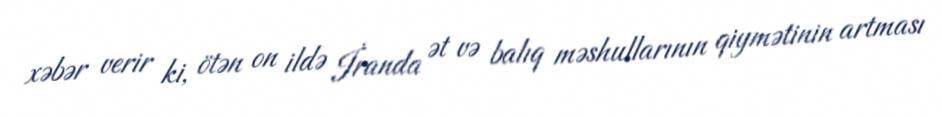
xəbər verir ki, ötən on ildə İranda ət və balıq məshullarının qiymətinin artması